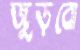
জুড়বো